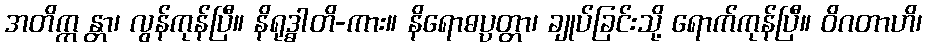
အတိက္က န္တာ၊ လွန်ကုန်ပြီ။ နိရုဒ္ဓါတိ-ကား။ နိရောဓပ္ပတ္တာ၊ ချုပ်ခြင်းသို့ ရောက်ကုန်ပြီ။ ဝိဂတာဟိ၊